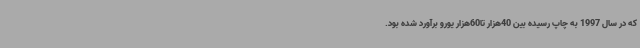
که در سال 1997 به چاپ رسیده بین 40هزار تا60هزار یورو برآورد شده بود.